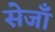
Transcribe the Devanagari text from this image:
सेजाँ